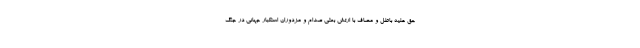
حق علیه باطل و مصاف با ارتش بعثی صدام و مزدوران استکبار جهانی در جنگ